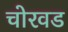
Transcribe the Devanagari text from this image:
चोरवड